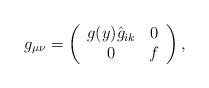
LaTeX: \begin{align*}g_{\mu \nu}=\left( \begin{array}{cc}g(y) \hat g_{ik}&0 \\0&f\end{array} \right) ,\end{align*}